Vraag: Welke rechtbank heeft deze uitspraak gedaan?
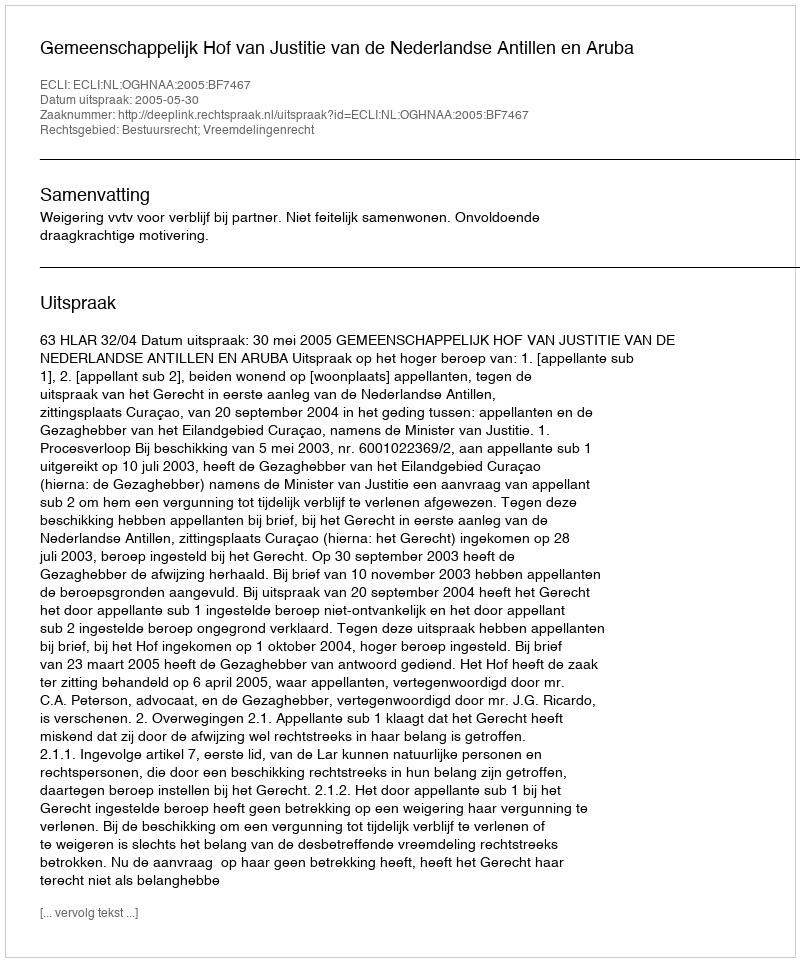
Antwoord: Gemeenschappelijk Hof van Justitie van de Nederlandse Antillen en Aruba